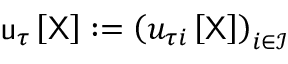
\mathsf { u } _ { \tau } \left[ \mathsf { X } \right] : = \left( u _ { \tau i } \left[ \mathsf { X } \right] \right) _ { i \in \mathcal { I } }